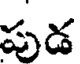
పుడ